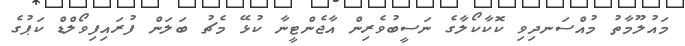
މައުލޫމާތު މުއްސަނދިވި ކޮކާކޯލާގެ ނަސީބުވެރިން އާޖެންޓީނާ ކުޅޭ މެޗު ބަލަން ފުރައިފިވޯލްޑް ކަޕުގެ